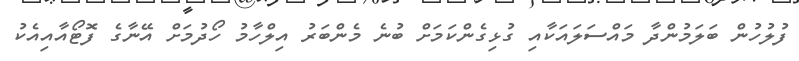
ފުލުހުން ބަލަމުންދާ މައްސަލައަކާއި ގުޅިގެންކަމަށް ބުނެ މެންބަރު އިލްހާމު ހޯދުމަށް އޭނާގެ ފޮޓޯއާއިއެކު